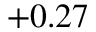
+ 0 . 2 7